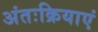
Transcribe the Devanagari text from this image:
अंतःक्रियाएं